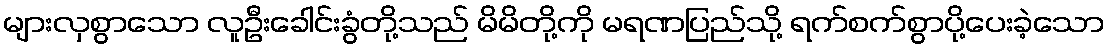
များလှစွာသော လူဦးခေါင်းခွံတို့သည် မိမိတို့ကို မရဏပြည်သို့ ရက်စက်စွာပို့ပေးခဲ့သော